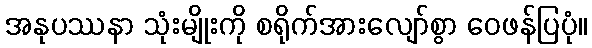
အနုပဿနာ သုံးမျိုးကို စရိုက်အားလျော်စွာ ဝေဖန်ပြပုံ။